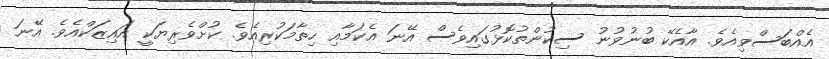
އެއްބަސްވިއެވެ. އާއެކޭ ބުނުވުނު ސިކުންތުކޮޅުގައިވެސް އޭނަ އެކަމާއި ހިތާމަކުރިއެވެ. ކުށްވެރިޔަކީ އައިޒަކްއެވެ. އޭނަ